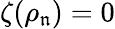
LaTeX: \zeta(\rho_{\mathfrak{n}})=0